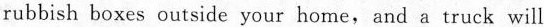
rubbish boxes outside your home, and a truck will